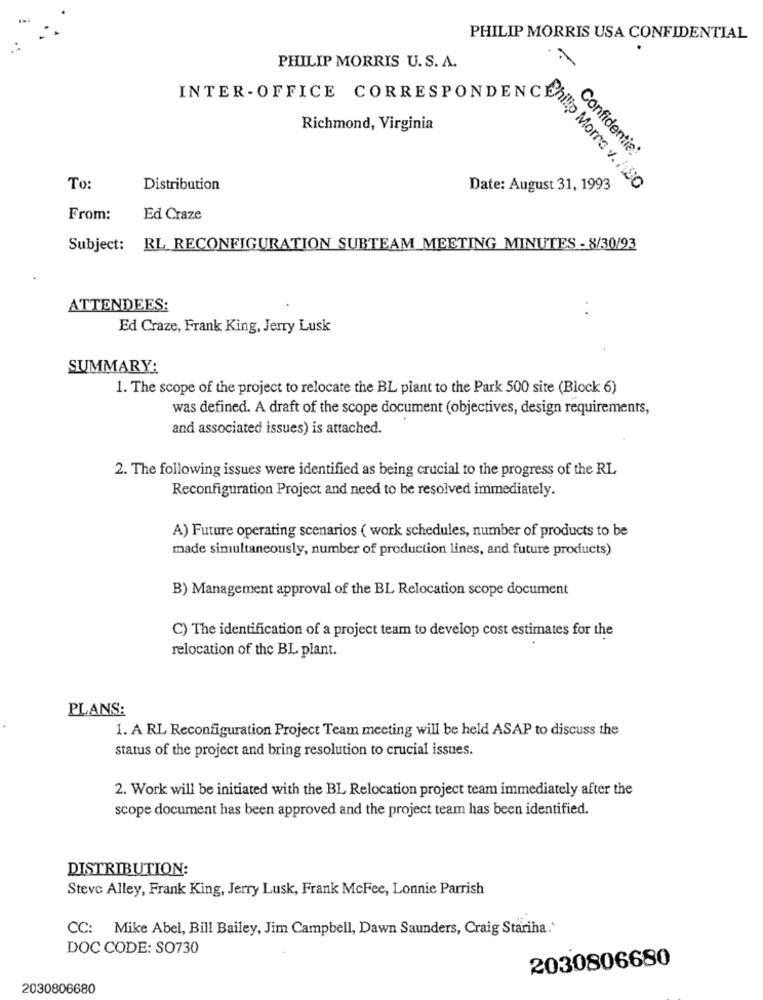
PHILIP MORRIS USA CONFIDENTIAL
PHILIP MORRIS U.S. A.
Richmond, Virginia
ER- OFFICE CORRESPONDE Home
Confidentie:
To:
Distribution
Date: August 31, 1993
Philip Morrs v. /.SO
From:
Ed Craze
Subject: RL RECONFIGURATION SUBTEAM MEETING MINUTES - 8/30/93
ATTENDEES:
Ed Craze, Frank King, Jerry Lusk
SUMMARY:
1. The scope of the project to relocate the BL plant to the Park 500 site (Block 6)
was defined. A draft of the scope document (objectives, design requirements,
and associated issues) is attached.
2. The following issues were identified as being crucial to the progress of the RL
Reconfiguration Project and need to be resolved immediately.
A) Future operating scenarios ( work schedules, number of products to be
made simultaneously, number of production lines, and future products)
B) Management approval of the BL Relocation scope document
C) The identification of a project team to develop cost estimates for the
relocation of the BL plant.
PLANS:
1. A RL Reconfiguration Project Team meeting will be held ASAP to discuss the
status of the project and bring resolution to crucial issues.
2. Work will be initiated with the BL Relocation project team immediately after the
scope document has been approved and the project team has been identified.
DISTRIBUTION:
Steve Alley, Frank King, Jerry Lusk, Frank McFee, Lonnie Parrish
CC: Mike Abel, Bill Bailey, Jim Campbell, Dawn Saunders, Craig Stariha:'
DOC CODE: SO730
2030806680
2030806680